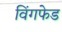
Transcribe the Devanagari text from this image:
विंगफेड